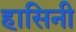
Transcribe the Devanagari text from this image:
हासिनी